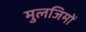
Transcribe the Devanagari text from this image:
मुलजिमों